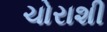
ચોરાશી